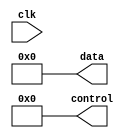
`timescale 10ns / 100ps

module InterfazDisplay (
    input clk,
    output reg [3:0] control,
    output reg [7:0] data);

    initial control = 4'b0000;
    initial data = 8'b0000_0000;
    
    

endmodule